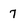
Character: 7